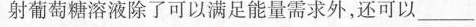
射葡萄糖溶液除了可以满足能量需求外，还可以___。